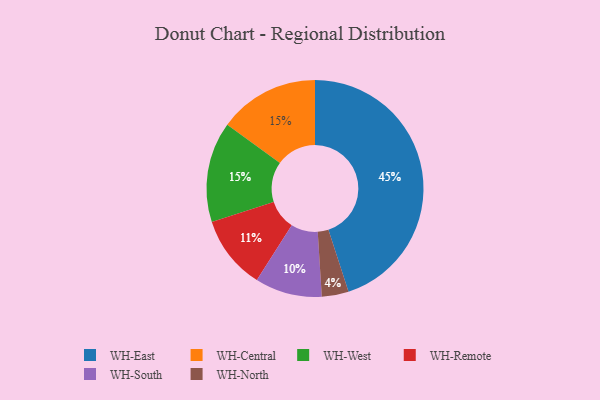
{"axis": {"x": "Category", "y": "Percentage"}, "legend": ["WH-Central", "WH-East", "WH-North", "WH-Remote", "WH-South", "WH-West"], "data": [{"x": "WH-Central", "y": 15, "type": "WH-Central"}, {"x": "WH-East", "y": 45, "type": "WH-East"}, {"x": "WH-Remote", "y": 11, "type": "WH-Remote"}, {"x": "WH-North", "y": 4, "type": "WH-North"}, {"x": "WH-South", "y": 10, "type": "WH-South"}, {"x": "WH-West", "y": 15, "type": "WH-West"}]}